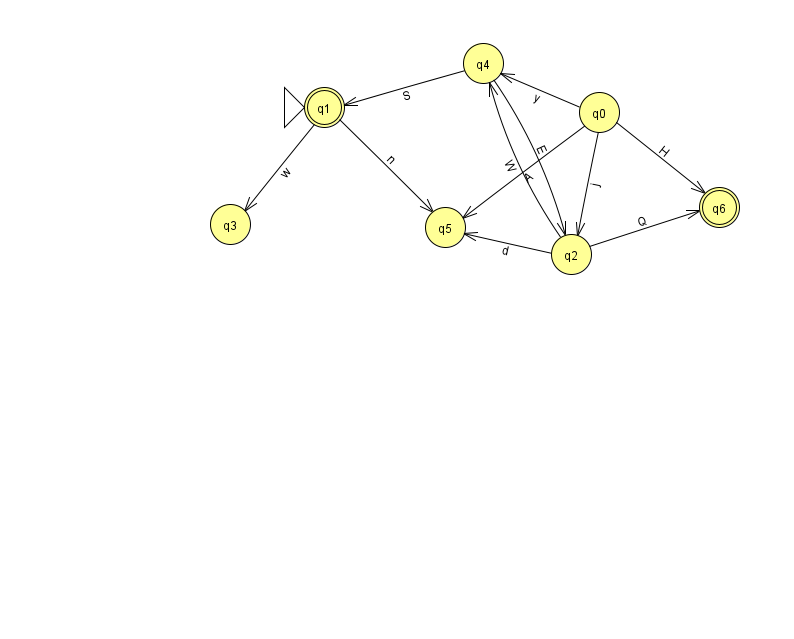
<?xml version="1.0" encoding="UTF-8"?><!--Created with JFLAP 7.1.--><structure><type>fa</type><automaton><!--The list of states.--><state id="0" name="q0"><x>599.0</x><y>99.0</y></state><state id="1" name="q1"><x>324.0</x><y>94.0</y><initial/><final/></state><state id="2" name="q2"><x>571.0</x><y>241.0</y></state><state id="3" name="q3"><x>230.0</x><y>211.0</y></state><state id="4" name="q4"><x>483.0</x><y>50.0</y></state><state id="5" name="q5"><x>445.0</x><y>214.0</y></state><state id="6" name="q6"><x>719.0</x><y>194.0</y><final/></state><!--The list of transitions.--><transition><from>0</from><to>2</to><read>j</read></transition><transition><from>2</from><to>5</to><read>d</read></transition><transition><from>4</from><to>1</to><read>S</read></transition><transition><from>2</from><to>6</to><read>Q</read></transition><transition><from>0</from><to>6</to><read>H</read></transition><transition><from>1</from><to>5</to><read>n</read></transition><transition><from>1</from><to>3</to><read>w</read></transition><transition><from>4</from><to>2</to><read>E</read></transition><transition><from>2</from><to>4</to><read>W</read></transition><transition><from>0</from><to>4</to><read>y</read></transition><transition><from>0</from><to>5</to><read>A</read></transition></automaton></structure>